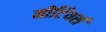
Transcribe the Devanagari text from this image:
मीटिंयर्स